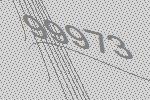
99973